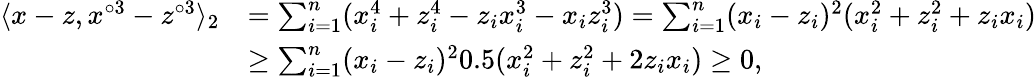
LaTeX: \begin{array}{rl}{\langle x-z,x^{\circ 3}-z^{\circ 3}\rangle_{2}}&{=\sum_{i=1}^{n}(x_{i}^{4}+z_{i}^{4}-z_{i}x_{i}^{3}-x_{i}z_{i}^{3})=\sum_{i=1}^{n}(x_{i}-z_{i})^{2}(x_{i}^{2}+z_{i}^{2}+z_{i}x_{i})}\\ &{\geq\sum_{i=1}^{n}(x_{i}-z_{i})^{2}0.5(x_{i}^{2}+z_{i}^{2}+2z_{i}x_{i})\geq 0,}\end{array}